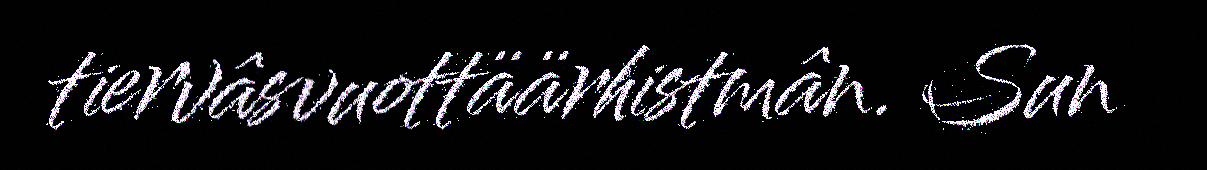
tiervâsvuottäärhistmân. Sun